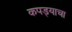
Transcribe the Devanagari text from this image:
कपड्याचा